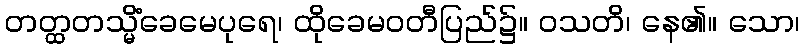
တတ္ထတသ္မိံခေမေပုရေ၊ ထိုခေမဝတီပြည်၌။ ဝသတိ၊ နေ၏။ သော၊